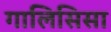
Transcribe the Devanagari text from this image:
गालिसिसा